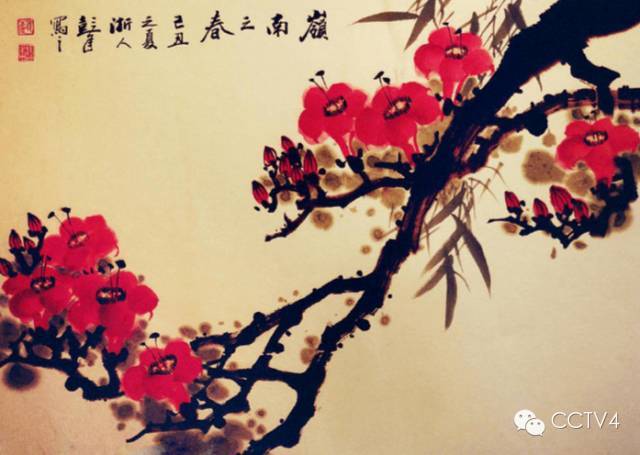
君子耳不听淫声，目不视邪色，口不出恶言